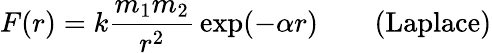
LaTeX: F(r)=k{\frac{m_{1}m_{2}}{r^{2}}}\exp(-\alpha r)\qquad{\mathrm{(Laplace)}}